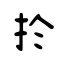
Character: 扵